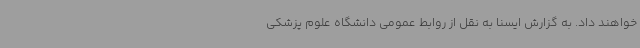
خواهند داد. به گزارش ایسنا به نقل از روابط عمومی دانشگاه علوم پزشکی